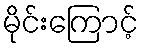
မိုင်းကြောင့်